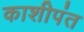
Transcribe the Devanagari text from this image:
काशीपंत